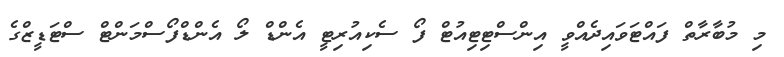
މި މުބާރާތް ފައްޓަވައިދެއްވީ އިންސްޓިޓިއުޓް ފޯ ސެކިއުރިޓީ އެންޑް ލޯ އެންޑްފޯސްމަންޓް ސްޓަޑީޒްގެ